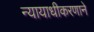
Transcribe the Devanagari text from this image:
न्यायाधीकरणाने